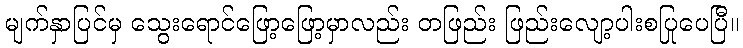
မျက်နှာပြင်မှ သွေးရောင်ဖြော့ဖြော့မှာလည်း တဖြည်း ဖြည်းလျော့ပါးစပြုပေပြီ။